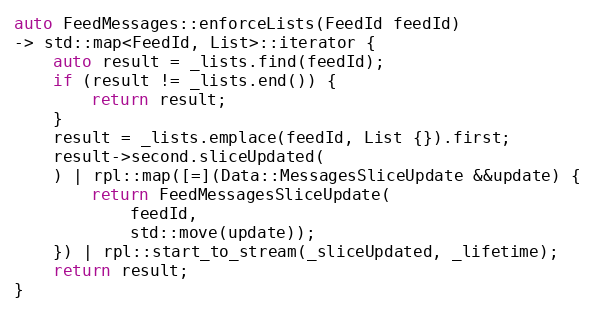
Language: C++
auto FeedMessages::enforceLists(FeedId feedId)
-> std::map<FeedId, List>::iterator {
	auto result = _lists.find(feedId);
	if (result != _lists.end()) {
		return result;
	}
	result = _lists.emplace(feedId, List {}).first;
	result->second.sliceUpdated(
	) | rpl::map([=](Data::MessagesSliceUpdate &&update) {
		return FeedMessagesSliceUpdate(
			feedId,
			std::move(update));
	}) | rpl::start_to_stream(_sliceUpdated, _lifetime);
	return result;
}